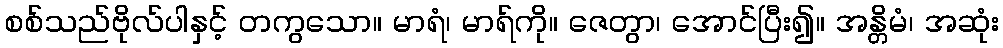
စစ်သည်ဗိုလ်ပါနှင့် တကွသော။ မာရံ၊ မာရ်ကို။ ဇေတွာ၊ အောင်ပြီး၍။ အန္တိမံ၊ အဆုံး